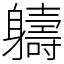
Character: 軇